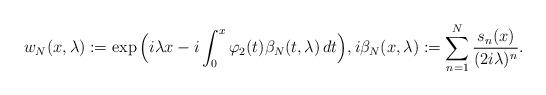
LaTeX: \begin{align*}w_N(x,\lambda) := \exp\Big(i\lambda x- i \int_0^x \varphi_2(t)\beta_N(t,\lambda)\,dt\Big),i\beta_N(x,\lambda):= \sum_{n=1}^N\frac{s_n(x)}{(2i\lambda)^n}.\end{align*}